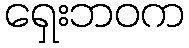
ရှေးဘဝက